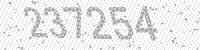
Solution: 237254